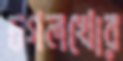
চগলখোর